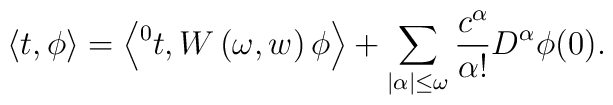
\left\langle t,\phi \right\rangle  =  \left\langle {^0t}, W \left( \omega, w \right)\phi \right\rangle + \sum_{|\alpha| \leq \omega} \frac{c^{\alpha}}{\alpha !}D^{\alpha} \phi (0).